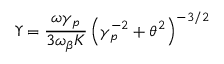
\Upsilon = \frac { \omega \gamma _ { p } } { 3 \omega _ { \beta } K } \left( \gamma _ { p } ^ { - 2 } + \theta ^ { 2 } \right) ^ { - 3 / 2 }